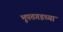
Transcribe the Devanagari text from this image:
भूपतगडच्या